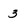
Character: 3